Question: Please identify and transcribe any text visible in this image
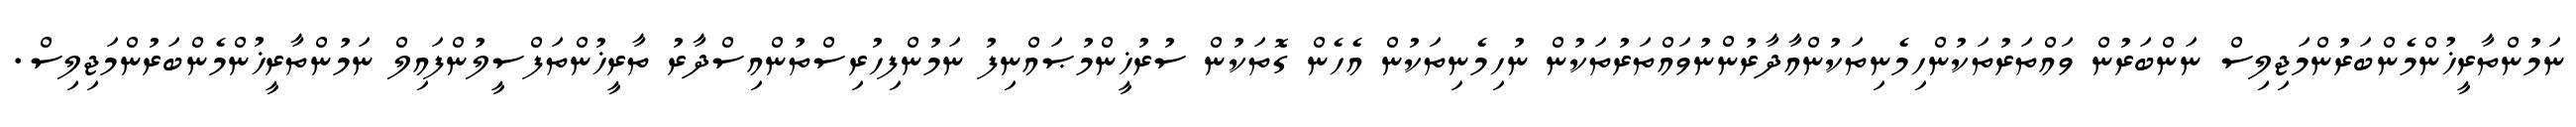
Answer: ނަމުންތާރީޚުންމެންބަރުންމަޖިލިސް ނަންބަރުން ވައްތަރުތަކުންހިމެނިތަކުންއާދާރުންނުވައްތަރުތަކުން ނުހިމެނިތަކުން އެހެން ގޮތަކުން ސުރުޚީންމުޞައްނިފު ނަމުންފިހުރިސްތުންއިސްދާރު ތާރީޚުންތަފްސީލުންފައިލް ނަމުންތާރީޚުންމެންބަރުންމަޖިލިސް.